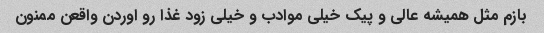
بازم مثل همیشه عالی و پیک خیلی موادب و خیلی زود غذا رو اوردن واقعن ممنون